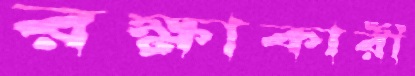
রক্ষাকারী